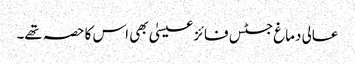
عالی دماغ جسٹس فائز عیسیٰ بھی اس کا حصہ تھے۔